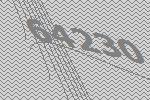
64230